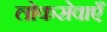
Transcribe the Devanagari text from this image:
लोकसेवाएँ